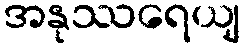
အနုဿရေယျ